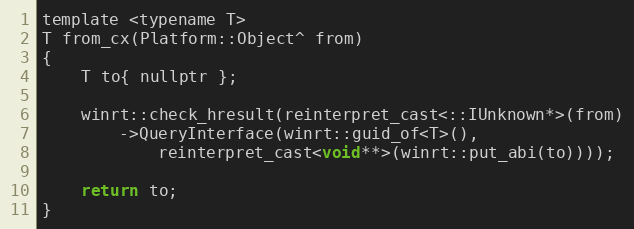
Language: C
template <typename T>
T from_cx(Platform::Object^ from)
{
    T to{ nullptr };

    winrt::check_hresult(reinterpret_cast<::IUnknown*>(from)
        ->QueryInterface(winrt::guid_of<T>(),
            reinterpret_cast<void**>(winrt::put_abi(to))));

    return to;
}